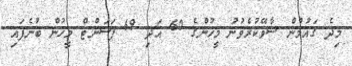
މިދެ ގައުމުން ސާވޭކުރެވުނު މީހުންގެ 60 އަދި 69 ޕަސަންޓް މީހުން ބުނެފައި